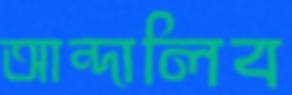
আন্দালিব